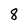
Character: 8